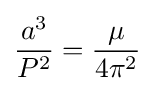
{\frac {a^{3}}{P^{2}}}={\frac {\mu }{4\pi ^{2}}}